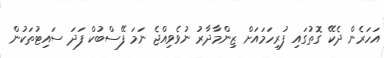
އަހަރެން ދެކޭ ގޮތުގައި ފުރިހަމައަށް ޒިންމާދާރު ނުވެވިއްޖެ ނަމަ ފޭސްބުކް ފަދަ ސައިޓުތަކުން